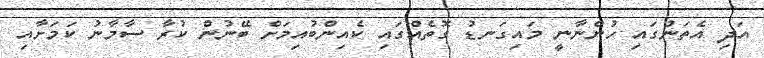
އަދި އެތަނުގައި ހުންނާނީ މައިގަނޑު ގޮތެއްގައި ކެއިންބުއިމަށް ބޭނުން ކުރާ ސާމާނު ކަމަށާއި